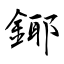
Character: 鎁